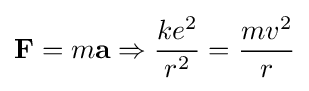
\mathbf {F} =m\mathbf {a} \Rightarrow {ke^{2} \over r^{2}}={mv^{2} \over r}